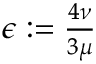
\begin{array} { r } { \epsilon : = \frac { 4 \nu } { 3 \mu } } \end{array}